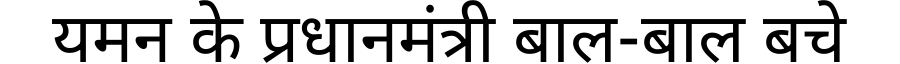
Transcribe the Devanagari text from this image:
यमन के प्रधानमंत्री बाल-बाल बचे